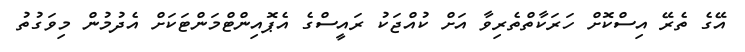
އޭގެ ތެރޭ އިސްކޮށް ހަރަކާތްތެރިވާ އަށް ކުއްޖަކު ރައީސްގެ އެޕޮއިންޓްމަންޓަކަށް އެދުމުން މިވަގުތު